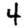
Digit: 4